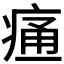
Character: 𰣳